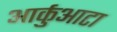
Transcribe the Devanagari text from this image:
आर्कुआटा